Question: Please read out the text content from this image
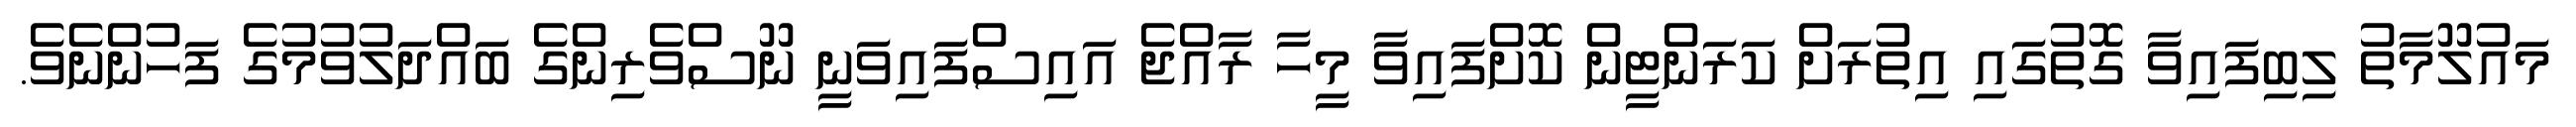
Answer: މައުލޫމާތު ލިބިފައިވާ ގޮތުގައި އިތުރަށް ކަރަންޓީން ކޮށްފައިވާ މީހާ ރާއްޖެ އައިސްފައިވަނީ ނޫސްވެރިންގެ ބައްދަލުވުމުގެ ފަހުންނެވެ.